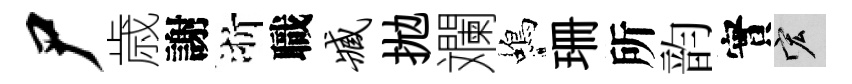
尸歳謝浙職臧拋斕蝎珊所韵實宏